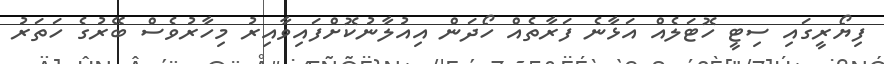
ފިޔޯރީގައި ސިޓީ ހޮޓަލެއް އަޅާނެ ފަރާތެއް ހޯދަން އިއުލާނުކޮށްފައިވާއިރު މިހާރުވެސް ބޭރުގެ ހަތަރު